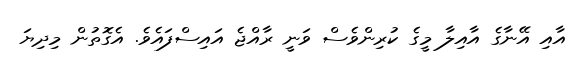
އާއި އޭނާގެ އާއިލާ މީގެ ކުރިންވެސް ވަނީ ރާއްޖެ އައިސްފައެވެ. އެގޮތުން މިދިޔަ